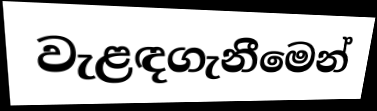
වැළඳගැනීමෙන්